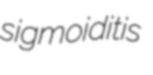
sigmoiditis